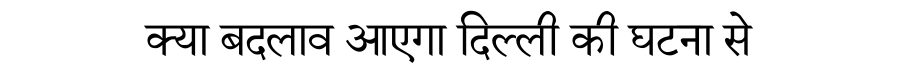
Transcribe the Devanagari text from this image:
क्या बदलाव आएगा दिल्ली की घटना से